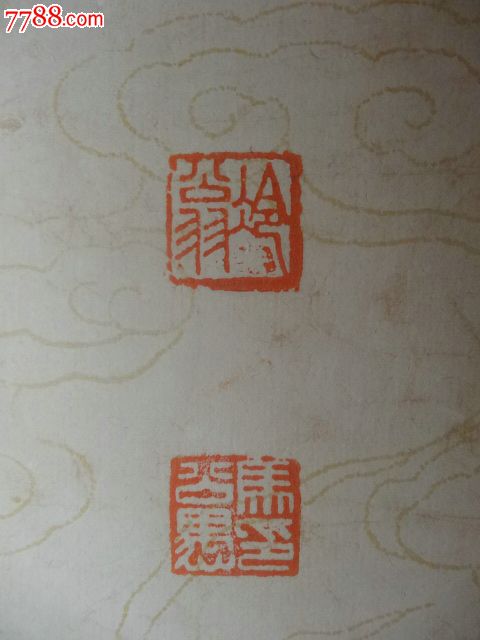
雨后双禽来占竹，秋深一蝶下寻花。